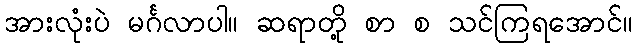
အားလုံးပဲ မင်္ဂလာပါ။ ဆရာတို့ စာ စ သင်ကြရအောင်။